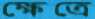
ক্ষেত্রে